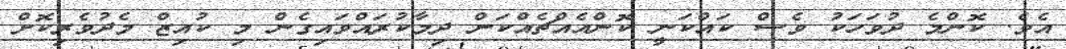
އެވެ. ކޮންމެ ދުވަހަކު ވެސް ކައްކަނީ ކޮންއެއްޗެއްކަން ދިމާކުރައްވައިގެން މި ކުއިޒް މެދުވެރިކޮށް